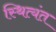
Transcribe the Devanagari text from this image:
स्थित्यंत